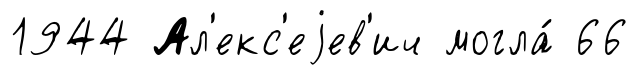
1944 Ал'екс'еjев'ич могла́ 66